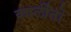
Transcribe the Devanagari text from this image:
कार्लीतो